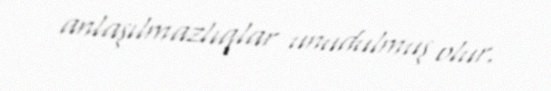
anlaşılmazlıqlar unudulmuş olur.